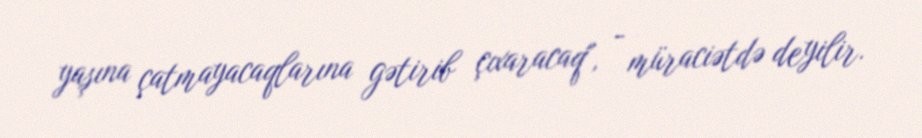
yaşına çatmayacaqlarına gətirib çıxaracaq", - müraciətdə deyilir.